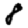
Digit: 8